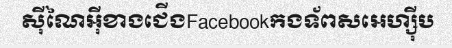
ស៊ីណៃអ៊ីខាងជើងFacebookកងទ័ពសអេហ្ស៊ីប